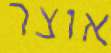
אוצר